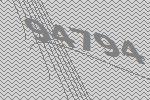
94794